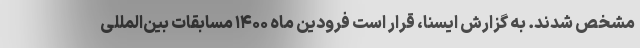
مشخص شدند. به گزارش ایسنا، قرار است فرودین ماه ۱۴۰۰ مسابقات بین‌المللی